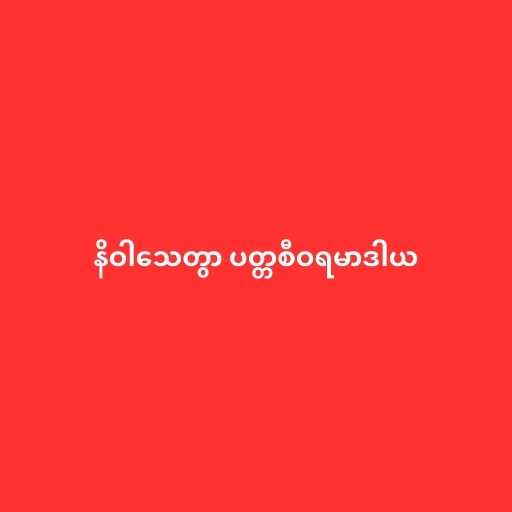
နိဝါသေတွာ ပတ္တစီဝရမာဒါယ